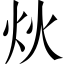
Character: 炏